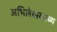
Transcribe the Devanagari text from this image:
अभिलेखकाव्य